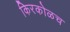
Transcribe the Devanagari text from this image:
किरकोळच